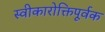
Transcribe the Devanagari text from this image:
स्वीकारोक्तिपूर्वक